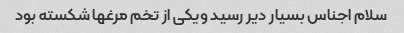
سلام اجناس بسیار دیر رسید ویکی از تخم مرغها شکسته بود